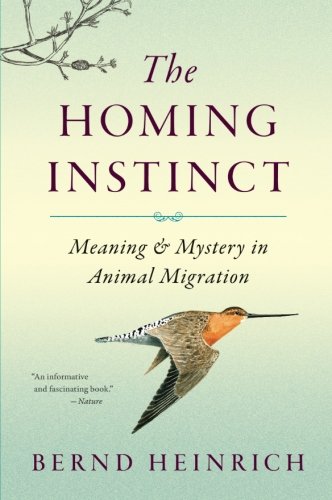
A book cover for The Homing Instinct: Meaning and Mystery in Animal Migration; Bernd Heinrich; Science & Math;